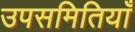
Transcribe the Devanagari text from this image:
उपसमितियाँ